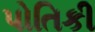
પોતિકી